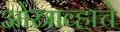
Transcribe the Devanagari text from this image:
ओस्त्राव्हाचे